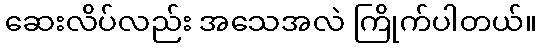
ဆေးလိပ်လည်း အသေအလဲ ကြိုက်ပါတယ်။